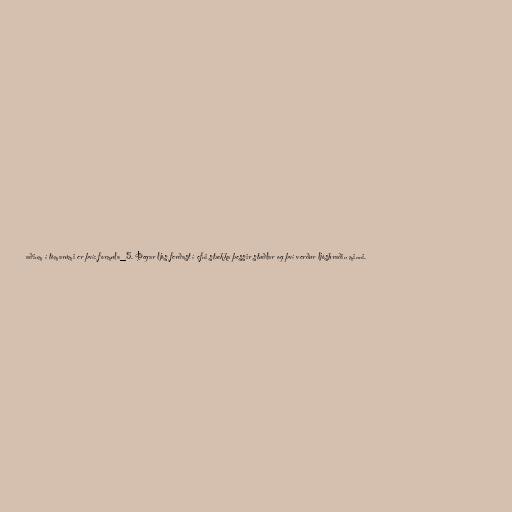
aðinm í tómarúmi er því: formula_5. Þegar ljós ferðast í efni stækka þessir stuðlar og því verður ljóshraðin minni.